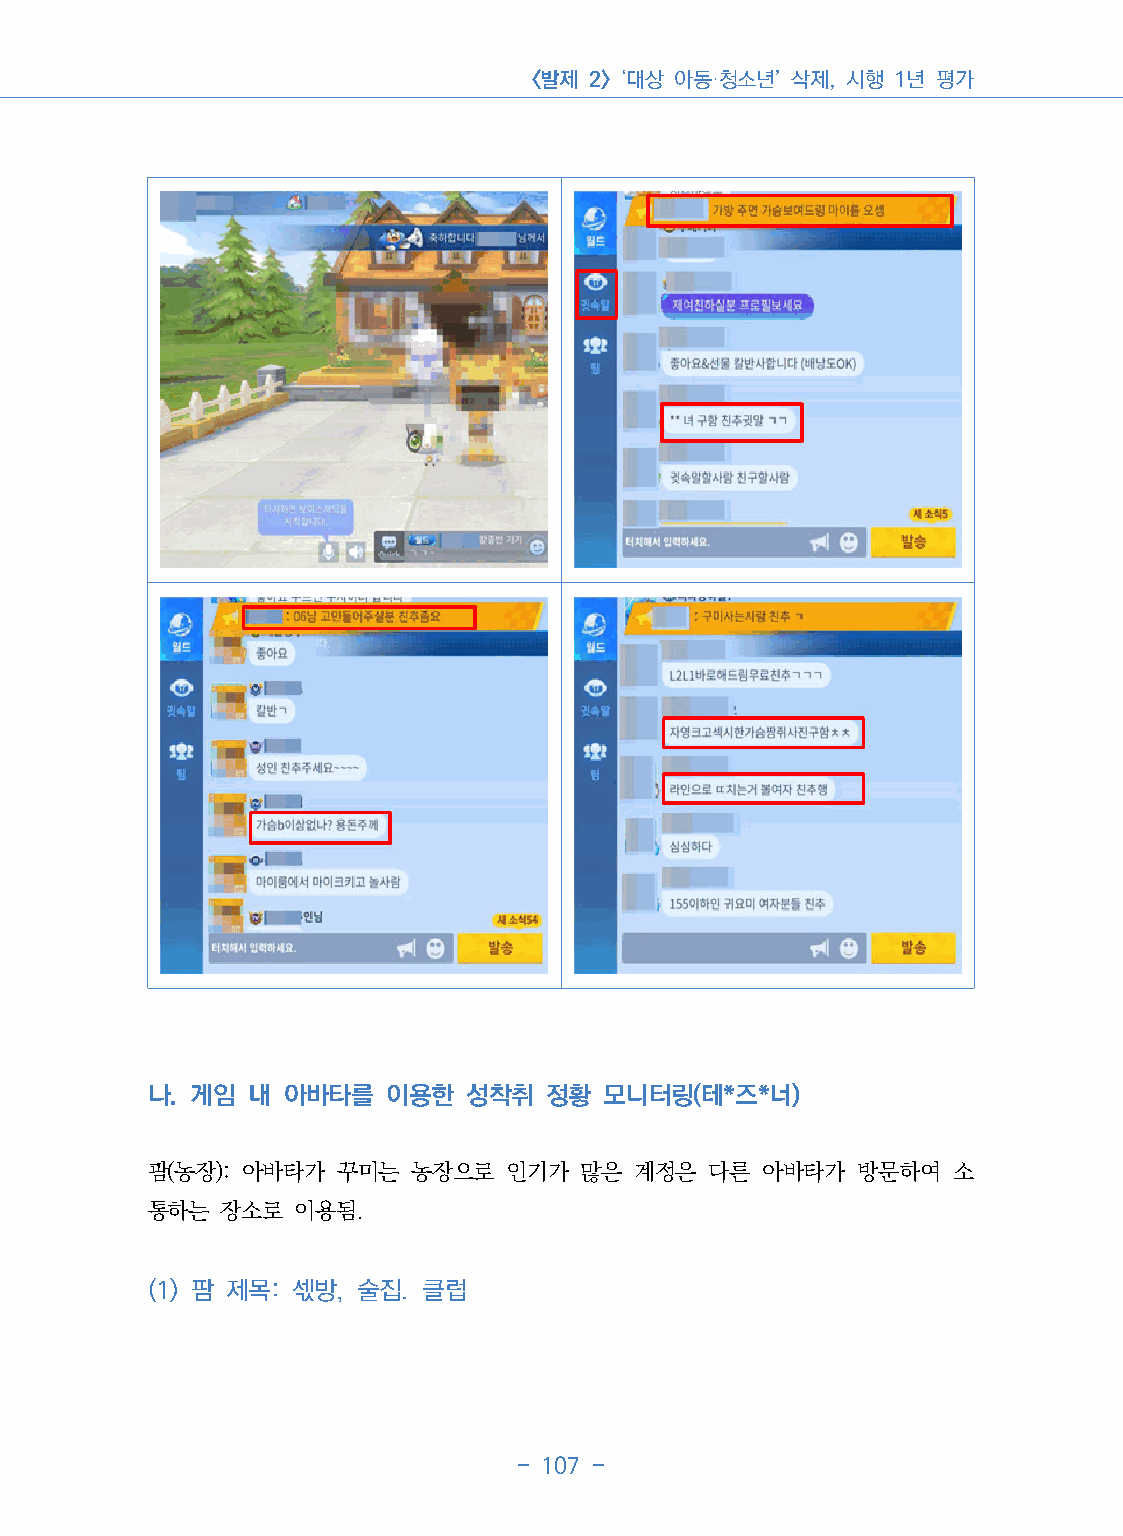
<발제 2> ‘대상 아동·청소년’ 삭제, 시행 1년 평가
 나. 게임  내 아바타를   이용한  성착취  정황  모니터링(테*즈*너)
 팜(농장): 아바타가  꾸미는 농장으로   인기가  많은 계정은  다른  아바타가  방문하여  소
 통하는  장소로  이용됨.
 (1) 팜 제목: 섻방, 술집. 클럽
 - 107 -